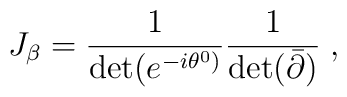
J_\beta = \frac{1}{\det(e^{-i \theta^0)}}\frac{1}{\det( {\bar  \partial})}\; ,